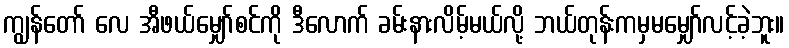
ကျွန်တော် လေ အီဖယ်မျှော်စင်ကို ဒီလောက် ခမ်းနားလိမ့်မယ်လို့ ဘယ်တုန်းကမှမမျှော်လင့်ခဲ့ဘူး။